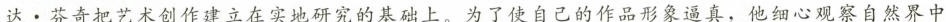
达·芬奇把艺术创作建立在实地研究的基础上。为了使自己的作品形象逼真，他细心观察自然界中